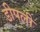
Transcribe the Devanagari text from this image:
डीपली